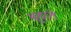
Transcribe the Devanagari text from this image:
बुढ़ाते